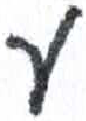
אות: ע